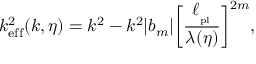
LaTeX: k _ { \mathrm { e f f } } ^ { 2 } ( k , \eta ) = k ^ { 2 } - k ^ { 2 } \vert b _ { m } \vert \biggl [ { \frac { \ell _ { _ \mathrm { p l } } } { \lambda ( \eta ) } } \biggr ] ^ { 2 m } ,